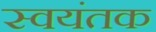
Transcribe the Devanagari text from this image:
स्‍वयंतक